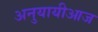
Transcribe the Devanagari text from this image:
अनुयायीआज